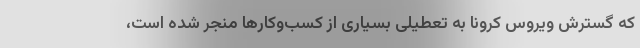
که گسترش ویروس کرونا به تعطیلی بسیاری از کسب‌وکارها منجر شده است،